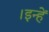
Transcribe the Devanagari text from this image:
।इन्हें